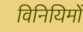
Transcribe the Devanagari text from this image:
विनियिमों